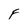
Character: F